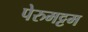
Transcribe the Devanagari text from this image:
पेरुमट्टम